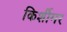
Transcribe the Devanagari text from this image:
किर्शीमर